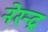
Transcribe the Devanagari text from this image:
नेरन्द्र